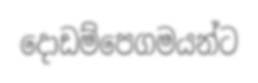
දොඩම්පෙගමයන්ට